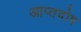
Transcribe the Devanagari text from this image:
आप्तदोष